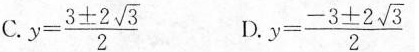
C. $$y= \frac{3 \pm 2 \sqrt{3}}{2}$$ D. $$y= \frac{-3 \pm 2 \sqrt{3}}{2}$$